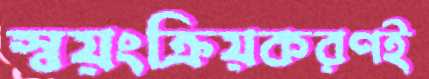
স্বয়ংক্রিয়করণই